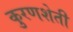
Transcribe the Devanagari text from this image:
कुरणशेती